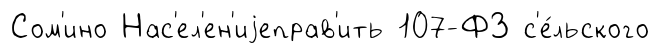
Сом'ино Нас'ел'ен'иjеправ'ить 107-ФЗ с'е́льского